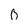
Character: 0